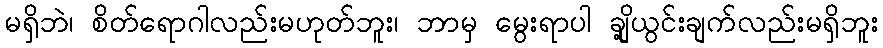
မရှိဘဲ၊ စိတ်ရောဂါလည်းမဟုတ်ဘူး၊ ဘာမှ မွေးရာပါ ချို့ယွင်းချက်လည်းမရှိဘူး